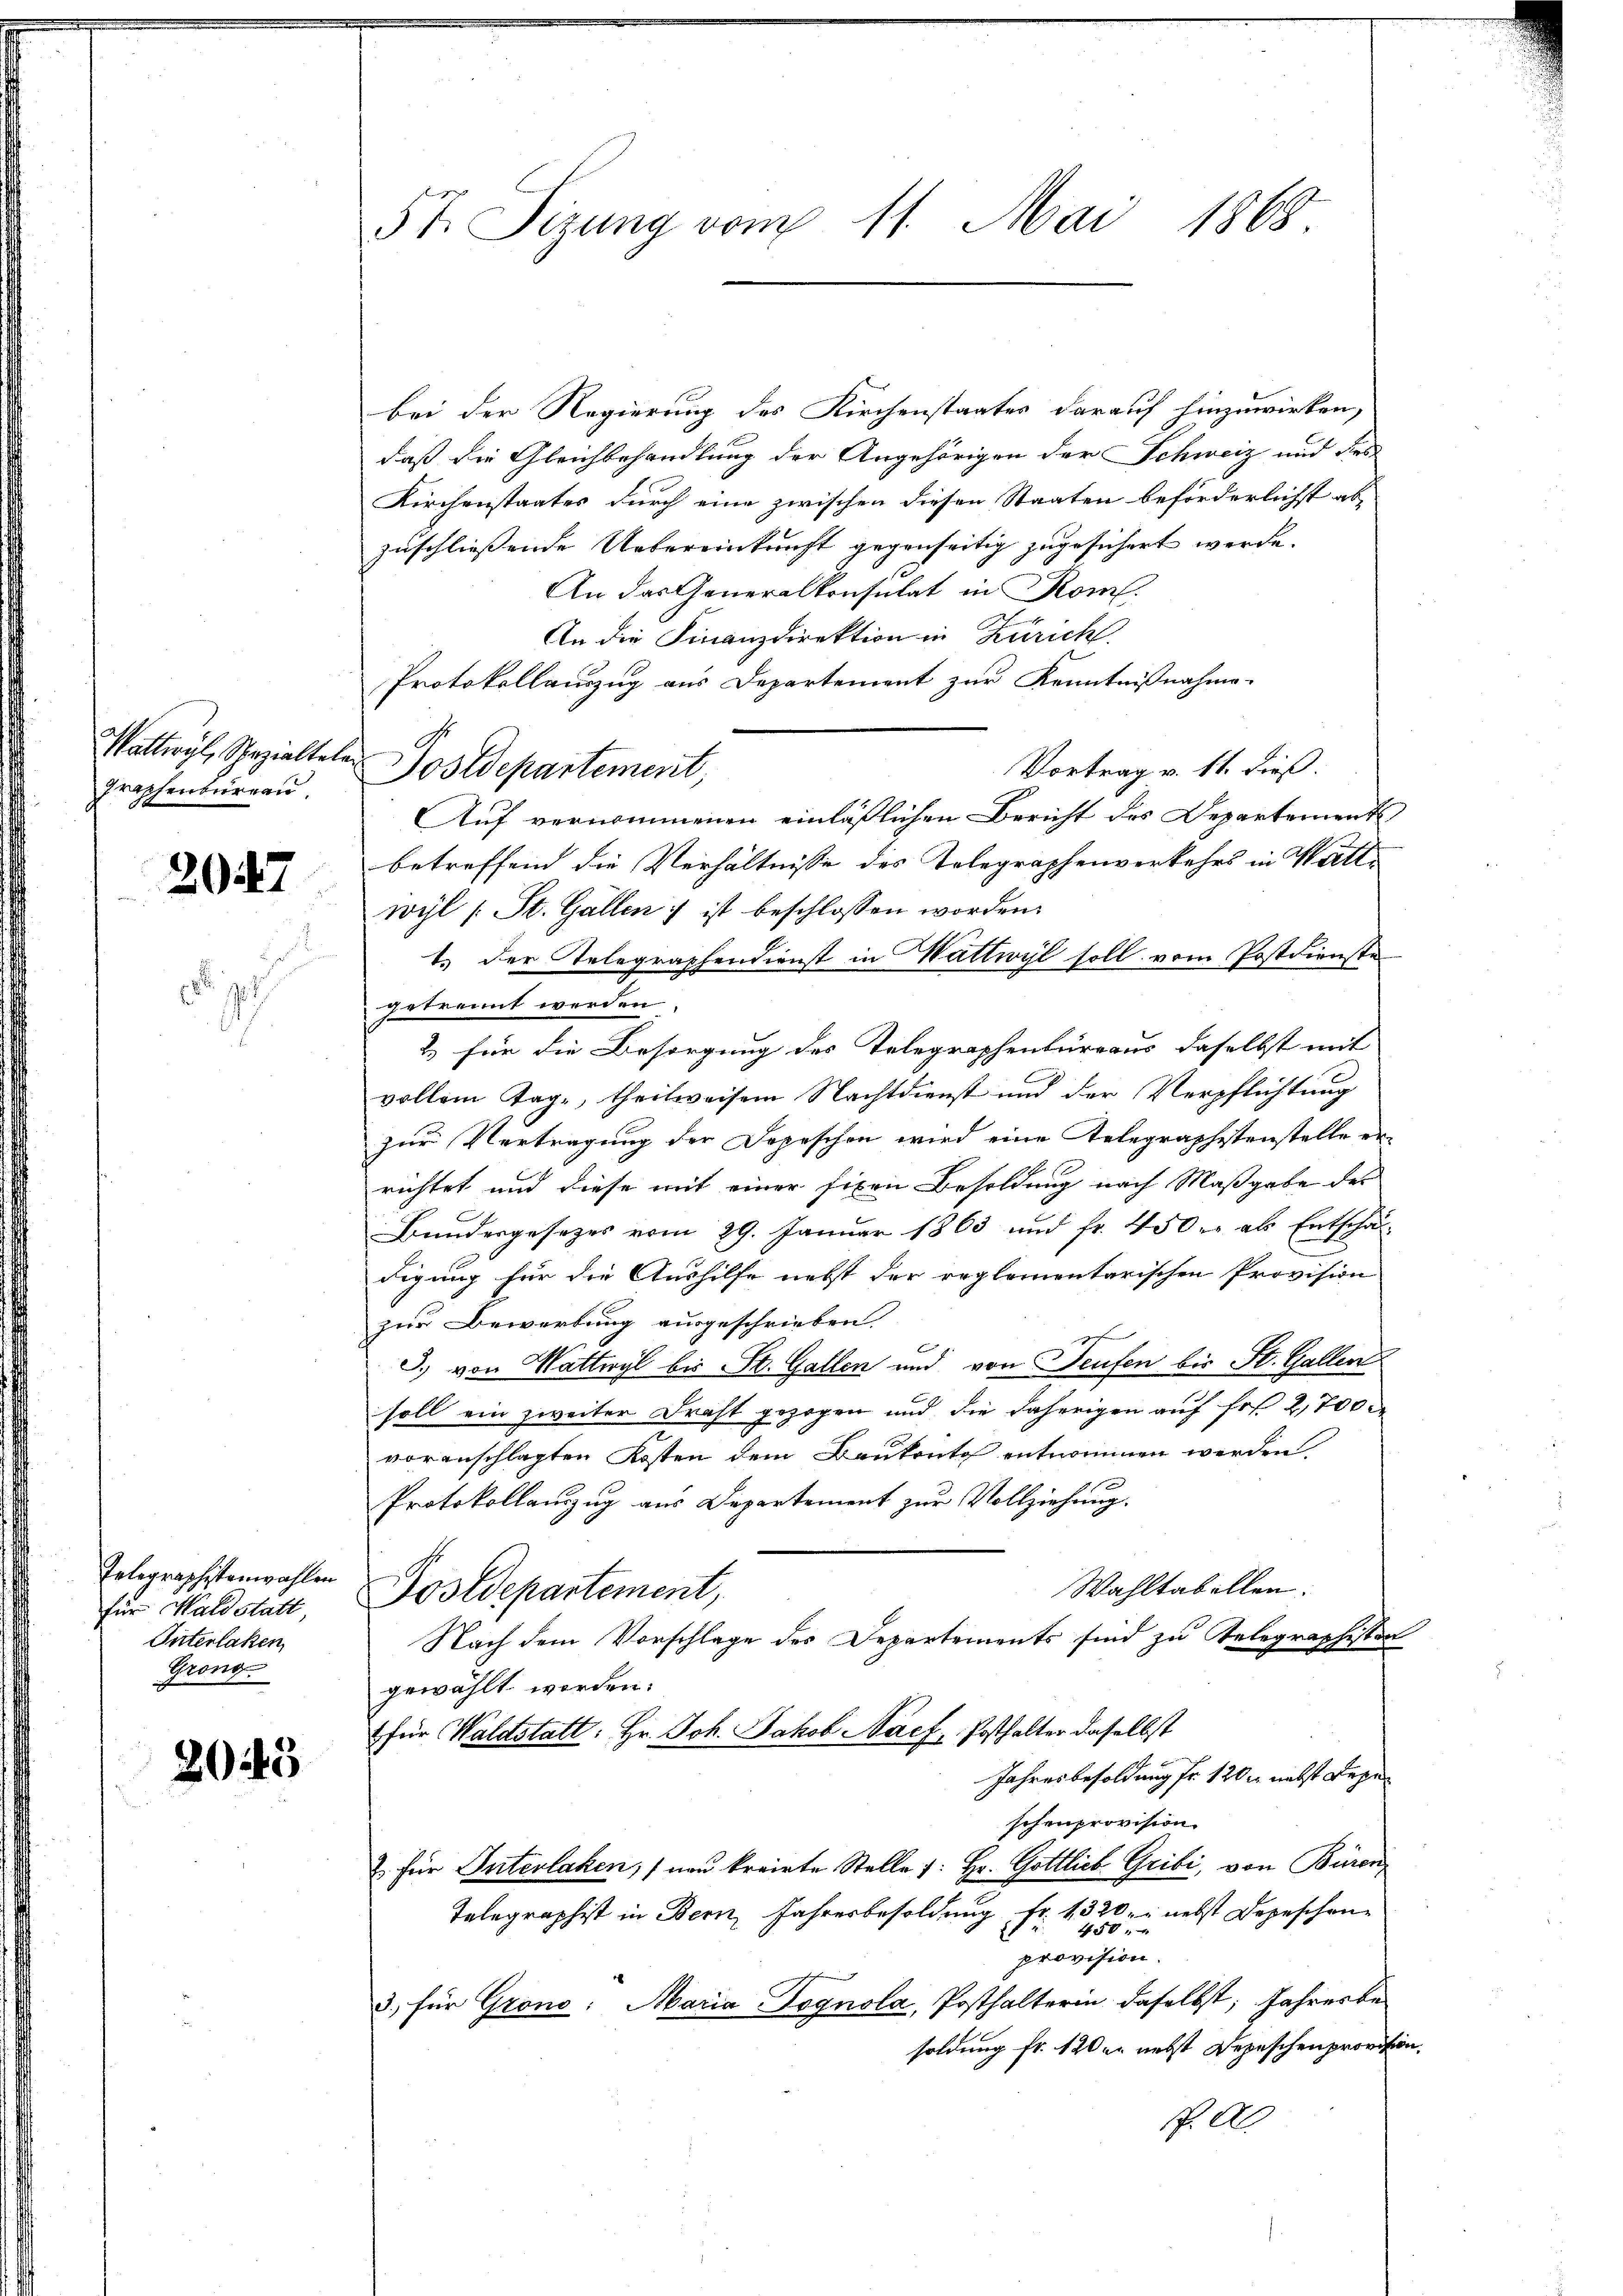
attry, Spezialtalen
Praphenburgen.

2047

z

Telegraphistenwahlen
für Waldstatt,
Interlaken,
Grong

2043

5t. Tizung vom 11. Mai 1868.

bei der Regierung des Kirchenstaates darauf hinzuwirken,
daß die Gleichbehandlung der Angehörigen der Schweiz und dies
Kirchenstaates durch eine zwischen diesen Staaten beförderlichst ab-
zuschliessende Uebereinkunft gegenseitig zugesichert werde.
An das Generalkonsulat in Rom.
An die Finanzdirektion in Zürich
Protokollauszug aus Departement zur Kenntnißnahme.
Vortrag v. 11. dieß.
Auf vernommenen einläßlichen Bericht des Departements
betreffend die Verhältnisse des Telegraphenverkehrs in Wattwyl (St. Gallen ; ist beschlossen worden.
1.) Der Telegraphendienst in Wattwyl soll vom Postdienstegetrennt werden.
2. für die Besorgung des Telegraphenbureaus daselbst mit
vollem Tage, theilweisem Nachtdienst und der Verpflichtung
zur Vertragung der Depeschen wird eine Telegraphistenstelle errichtet und diese mit einer fixen Besoldung nach Maßgabe des
Bundergesezes vom 29. Januar 1863 und fr. 450 er als Entschäf-
digung für die Aushilfe nebst der reglementarischen Provision
zur Bewerbung ausgeschrieben.
J. von Wattwyl bis St. Gallen und von Teufen bis St. Gallen
soll ein zweiter Draht gezogen und die daherigen auf Fr. 2,700
voranschlagten Kosten dem Baukonto entnommen werden.
Protokollauszug aus Departement zur Vollziehung.
Wahltabellen.
Postdepartement,
Nach dem Vorschlage des Departements sind zu Telegraphisten
gewählt worden.
 für Waldstatt: Hr. Joh. Jakob Nach Posthalter daselbst
Jahresbesoldung fr. 120 M nebst Lepe
schenprovision.
 für Interlaken, (neu kreirte Stelle 1: Hr. Gottlich Gribi, von Büren
Telegraphist in Bern, Jahresbesoldung Fr. 1320: nebst Depeschen
450.
provision.
3. für Grono: Maria Tognola, Posthalterin daselbst, Jahresbe-
soldung fr. 120 er nebst Depeschen provision.
. A.

Postdepartement,